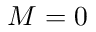
M = 0